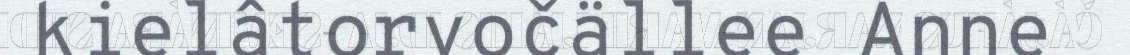
kielâtorvočällee Anne